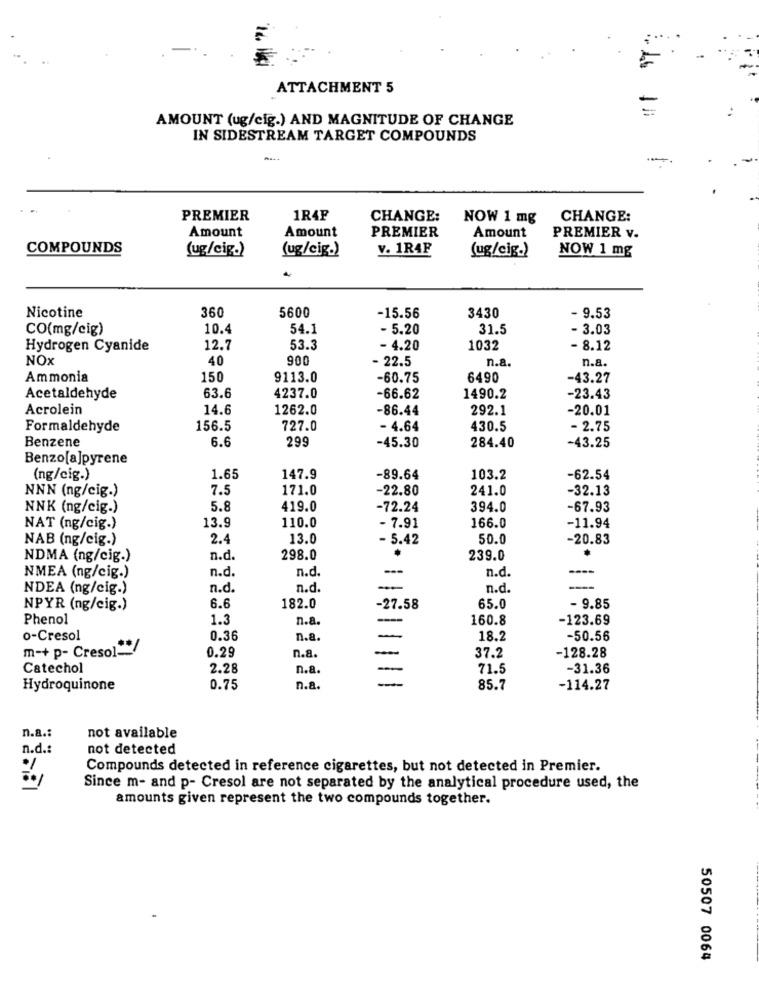
ATTACHMENT 5
AMOUNT (ug/cig.) AND MAGNITUDE OF CHANGE
IN SIDESTREAM TARGET COMPOUNDS
-
PREMIER
1R4F
CHANGE:
NOW 1 mg
CHANGE:
Amount
Amount
PREMIER
Amount
PREMIER v.
COMPOUNDS
(ug/cig.)
(ug/cig.)
v. 1R4F
(ug/cig.)
NOW 1 mg
Nicotine
3430
360
5600
-15.56
- 9.53
CO(mg/cig)
10.4
54.1
- 5.20
31.5
- 3.03
Hydrogen Cyanide
12.7
53.3
- 4.20
1032
- 8.12
NOX
40
900
- 22.5
n.a.
n.a.
Ammonia
150
9113.0
-60.75
6490
-43.27
Acetaldehyde
63.6
4237.0
-66.62
1490.2
-23.43
Acrolein
14.6
1262.0
-86.44
292.1
-20.01
Formaldehyde
156.5
727.0
- 4.64
430.5
- 2.75
Benzene
6.6
299
-45.30
284.40
-43.25
Benzo[a]pyrene
(ng/cig.)
1.65
147.9
-89.64
103.2
-62.54
NNN (ng/cig.)
7.5
171.0
-22.80
241.0
-32.13
NNK (ng/cig.)
5.8
419.0
-72.24
394.0
-67.93
NAT (ng/cig.)
13.9
110.0
- 7.91
166.0
-11.94
NAB (ng/cig.)
2.4
13.0
- 5.42
50.0
-20.83
NDMA (ng/cig.)
n.d.
298.0
239.0
n.d.
n.d
NMEA (ng/cig.)
n.d.
NDEA (ng/cig.)
n.d.
n.d
n.d.
NPYR (ng/cig.)
6.6
182.0
-27.58
65.0
- 9.85
Phenol
1.3
n.a
160.8
-123.69
---
o-Cresol
0.36
n.a.
-
18.2
-50.56
m-+ p- Cresol*/
0.29
n.a.
-
37.2
-128.28
Catechol
2.28
n.a.
71.5
-31.36
Hydroquinone
0.75
n.a
85.7
-114.27
n.a .:
not available
n.d .:
not detected
Compounds detected in reference cigarettes, but not detected in Premier.
Since m- and p- Cresol are not separated by the analytical procedure used, the
amounts given represent the two compounds together.
50507 0064